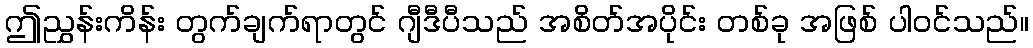
ဤညွှန်းကိန်း တွက်ချက်ရာတွင် ဂျီဒီပီသည် အစိတ်အပိုင်း တစ်ခု အဖြစ် ပါဝင်သည်။